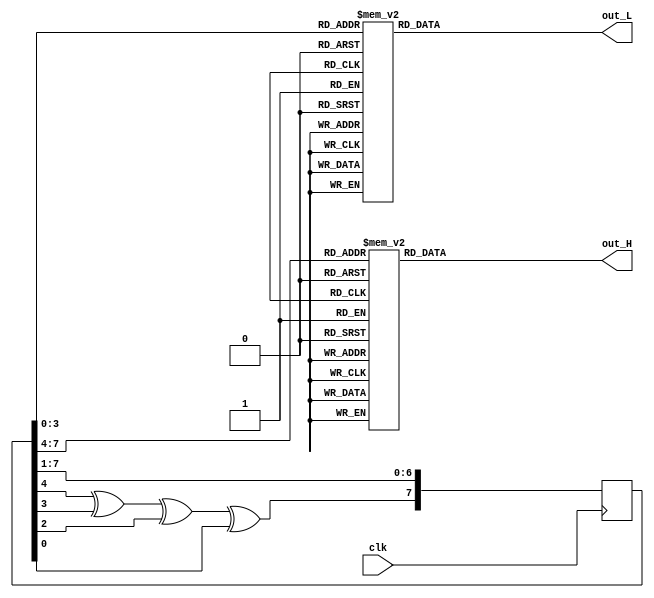
module random_generator(clk, out_H, out_L);
	input clk;
	output reg [6:0] out_H, out_L;
	reg [7:0] out_binary = 8'b00000001;
	
	always @ (negedge clk)
		out_binary <= {(out_binary[4]^out_binary[3]^out_binary[2]^out_binary[0]),
			out_binary[7:1]};
			
	always @ (out_binary) begin
			case (out_binary[7:4])
			0 : out_H = 7'b1000000;
			1 : out_H = 7'b1111001;
			2 : out_H = 7'b0100100;
			3 : out_H = 7'b0110000;
			4 : out_H = 7'b0011001;
			5 : out_H = 7'b0010010;
			6 : out_H = 7'b0000010;
			7 : out_H = 7'b1111000;
			8 : out_H = 7'b0000000;
			9 : out_H = 7'b0010000;
			10 : out_H = 7'b0001000;
			11 : out_H = 7'b0000011;
			12 : out_H = 7'b1000110;
			13 : out_H = 7'b0100001;
			14 : out_H = 7'b0000110;
			15 : out_H = 7'b0001110;
			default: out_H = 7'bx;
		endcase
		case (out_binary[3:0])
			0 : out_L = 7'b1000000;
			1 : out_L = 7'b1111001;
			2 : out_L = 7'b0100100;
			3 : out_L = 7'b0110000;
			4 : out_L = 7'b0011001;
			5 : out_L = 7'b0010010;
			6 : out_L = 7'b0000010;
			7 : out_L = 7'b1111000;
			8 : out_L = 7'b0000000;
			9 : out_L = 7'b0010000;
			10 : out_L = 7'b0001000;
			11 : out_L = 7'b0000011;
			12 : out_L = 7'b1000110;
			13 : out_L = 7'b0100001;
			14 : out_L = 7'b0000110;
			15 : out_L = 7'b0001110;
			default: out_L = 7'bx;
		endcase
	end
	
endmodule